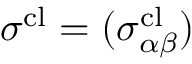
\boldsymbol { \sigma } ^ { \mathrm { c l } } = ( \sigma _ { \alpha \beta } ^ { \mathrm { c l } } )